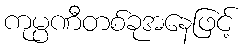
ကုမ္ပဏီတစ်ခုအနေဖြင့်